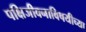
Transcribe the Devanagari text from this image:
पक्षिजीवनाविषयीच्या